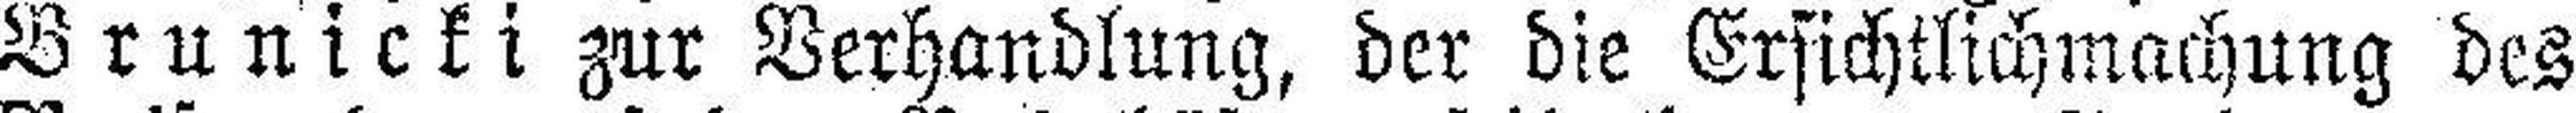
Brunicki zur Verhandlung, der die Ersichtlichmachung des